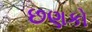
છણકો